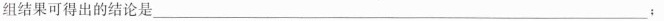
组结果可得出的结论是___；